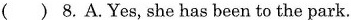
() 8.A.Yes,she has been to the park.